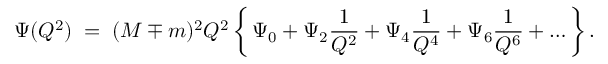
\Psi ( Q ^ { 2 } ) \; = \; ( M \mp m ) ^ { 2 } Q ^ { 2 } \, \biggl \{ \, \Psi _ { 0 } + \Psi _ { 2 } \frac { 1 } { Q ^ { 2 } } + \Psi _ { 4 } \frac { 1 } { Q ^ { 4 } } + \Psi _ { 6 } \frac { 1 } { Q ^ { 6 } } + \ldots \, \biggr \} \, .